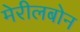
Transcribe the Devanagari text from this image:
मेरीलबोन